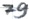
Text: 79